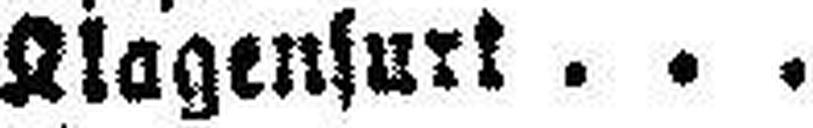
Klagenfurt